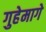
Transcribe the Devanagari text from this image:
गुहेमागे